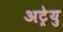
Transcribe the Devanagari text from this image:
अट्रेयु